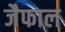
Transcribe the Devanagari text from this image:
जैफाल